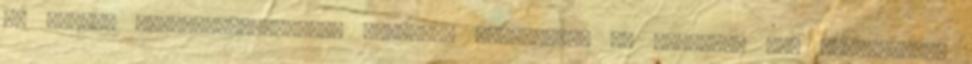
Az emberi megismerő-képesség határait vizsgálják Az érvelést nem feltétlenül